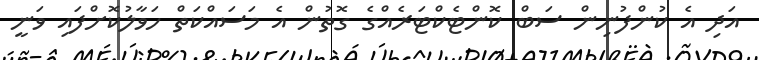
އަދި އެ ކުންފުނިން ސަބް ކޮންޓެކްޓަރެއްގެ ގޮތުން އެ މަސައްކަތް ހަވާލުކޮށްފައި ވަނީ